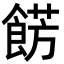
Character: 餝